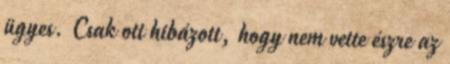
ügyes. Csak ott hibázott, hogy nem vette észre az